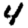
Digit: 4